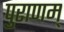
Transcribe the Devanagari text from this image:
पुराणम्‌